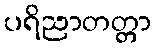
ပရိညာတတ္တာ